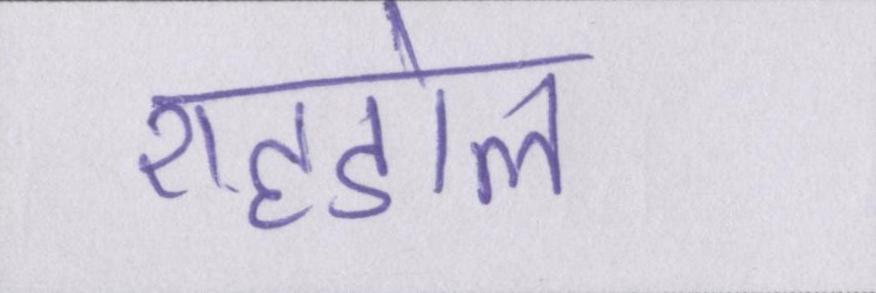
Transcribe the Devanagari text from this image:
शहडोल